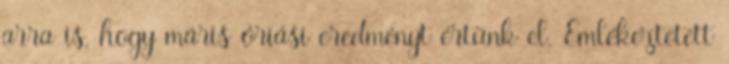
arra is, hogy máris óriási eredményt értünk el. Emlékeztetett